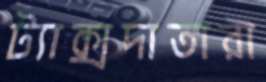
ট্যাক্সদাতারা